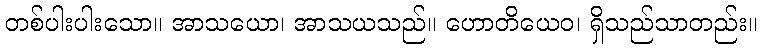
တစ်ပါးပါးသော။ အာသယော၊ အာသယသည်။ ဟောတိယေဝ၊ ရှိသည်သာတည်း။